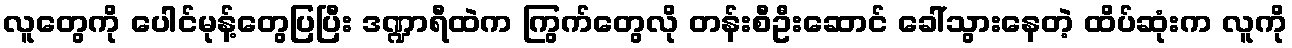
လူတွေကို ပေါင်မုန့်တွေပြပြီး ဒဏ္ဍာရီထဲက ကြွက်တွေလို တန်းစီဦးဆောင် ခေါ်သွားနေတဲ့ ထိပ်ဆုံးက လူကို